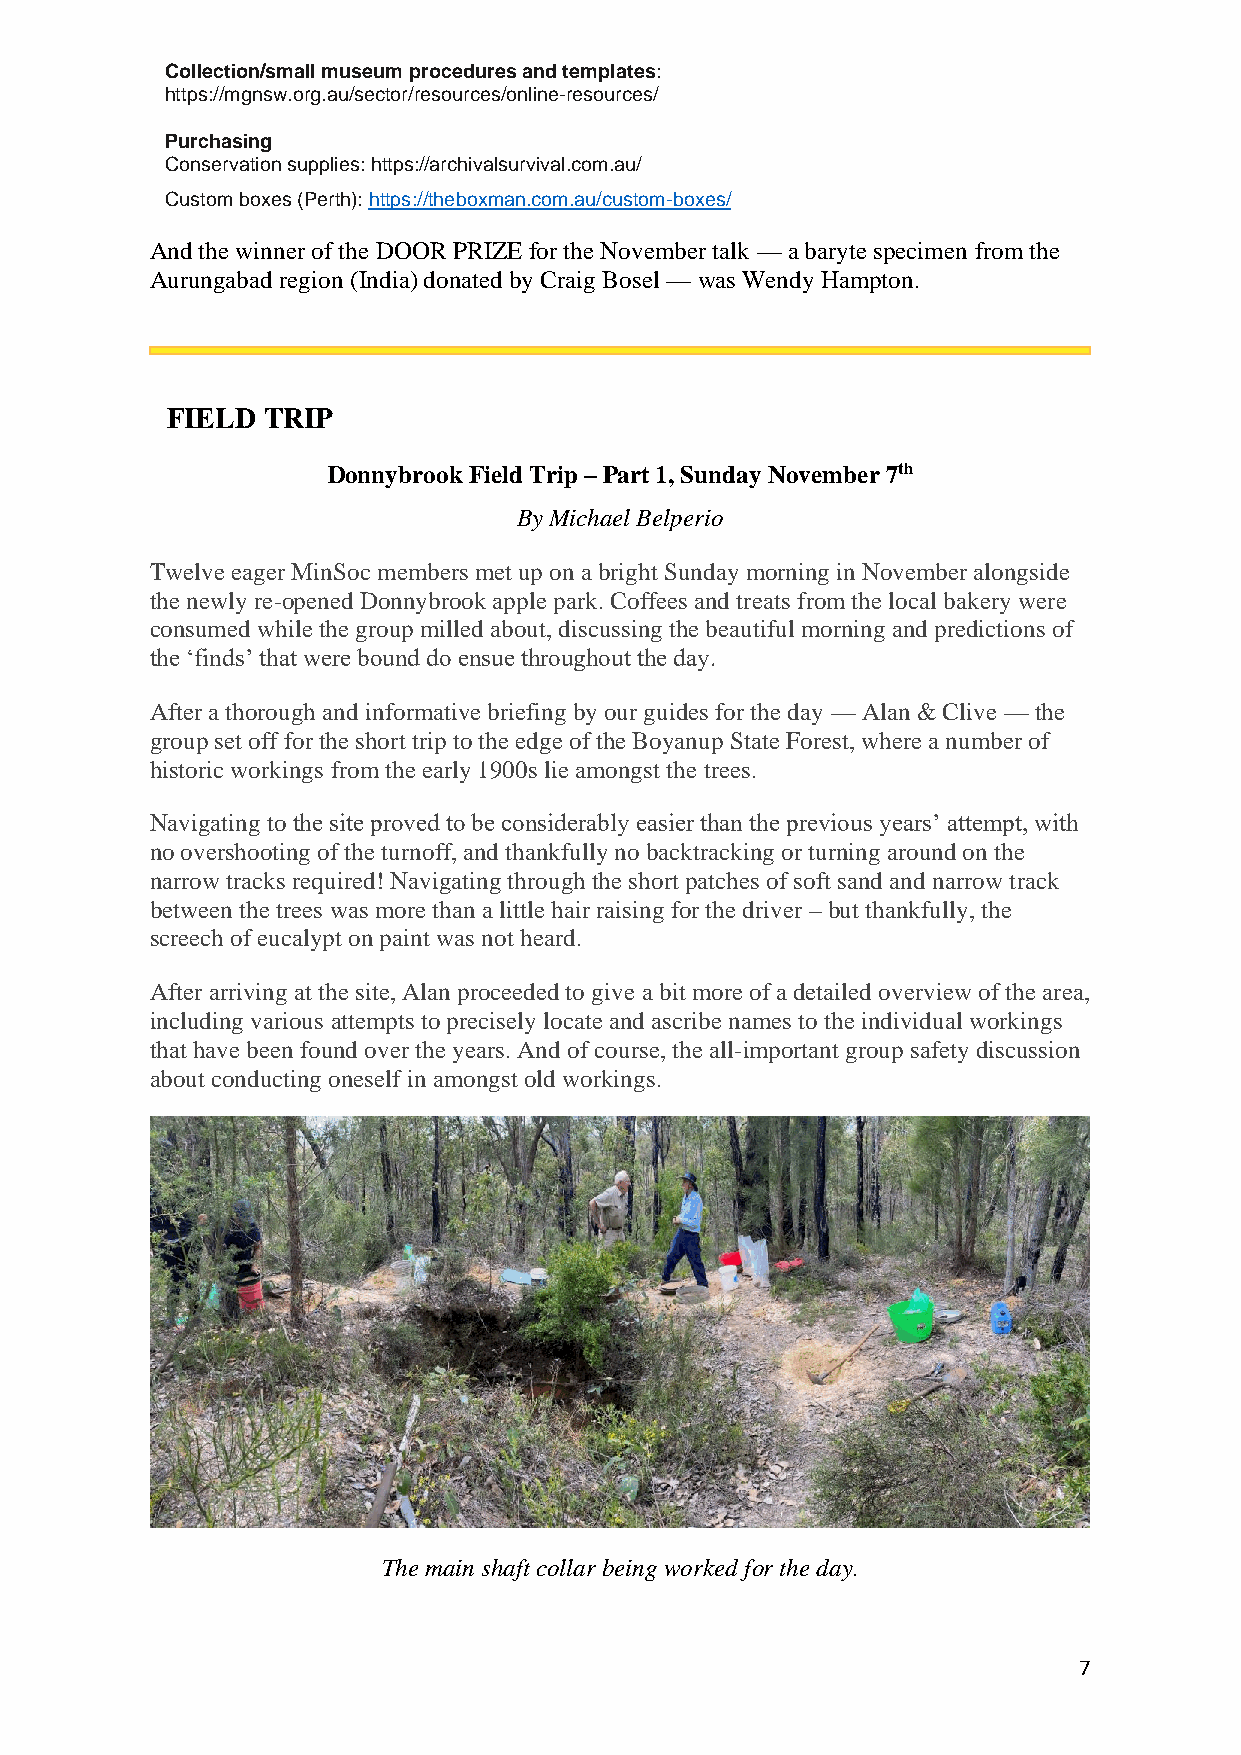
Collection/small museum procedures and templates:
 https://mgnsw.org.au/sector/resources/online-resources/
 Purchasing
 Conservation supplies: https://archivalsurvival.com.au/
 Custom boxes (Perth): https://theboxman.com.au/custom-boxes/
 And the winner of the DOOR PRIZE for the November talk — a baryte specimen from the
 Aurungabad region (India) donated by Craig Bosel — was Wendy Hampton.
 FIELD TRIP
 Donnybrook Field Trip – Part 1, Sunday November 7th
 By Michael Belperio
 Twelve eager MinSoc members met up on a bright Sunday morning in November alongside
 the newly re-opened Donnybrook apple park. Coffees and treats from the local bakery were
 consumed while the group milled about, discussing the beautiful morning and predictions of
 the ‘finds’ that were bound do ensue throughout the day.
 After a thorough and informative briefing by our guides for the day — Alan & Clive — the
 group set off for the short trip to the edge of the Boyanup State Forest, where a number of
 historic workings from the early 1900s lie amongst the trees.
 Navigating to the site proved to be considerably easier than the previous years’ attempt, with
 no overshooting of the turnoff, and thankfully no backtracking or turning around on the
 narrow tracks required! Navigating through the short patches of soft sand and narrow track
 between the trees was more than a little hair raising for the driver – but thankfully, the
 screech of eucalypt on paint was not heard.
 After arriving at the site, Alan proceeded to give a bit more of a detailed overview of the area,
 including various attempts to precisely locate and ascribe names to the individual workings
 that have been found over the years. And of course, the all-important group safety discussion
 about conducting oneself in amongst old workings.
 The main shaft collar being worked for the day.
 7